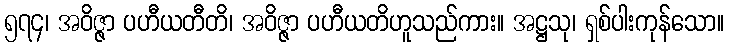
၅၇၄၊ အဝိဇ္ဇာ ပဟီယတီတိ၊ အဝိဇ္ဇာ ပဟီယတိဟူသည်ကား။ အဋ္ဌသု၊ ရှစ်ပါးကုန်သော။